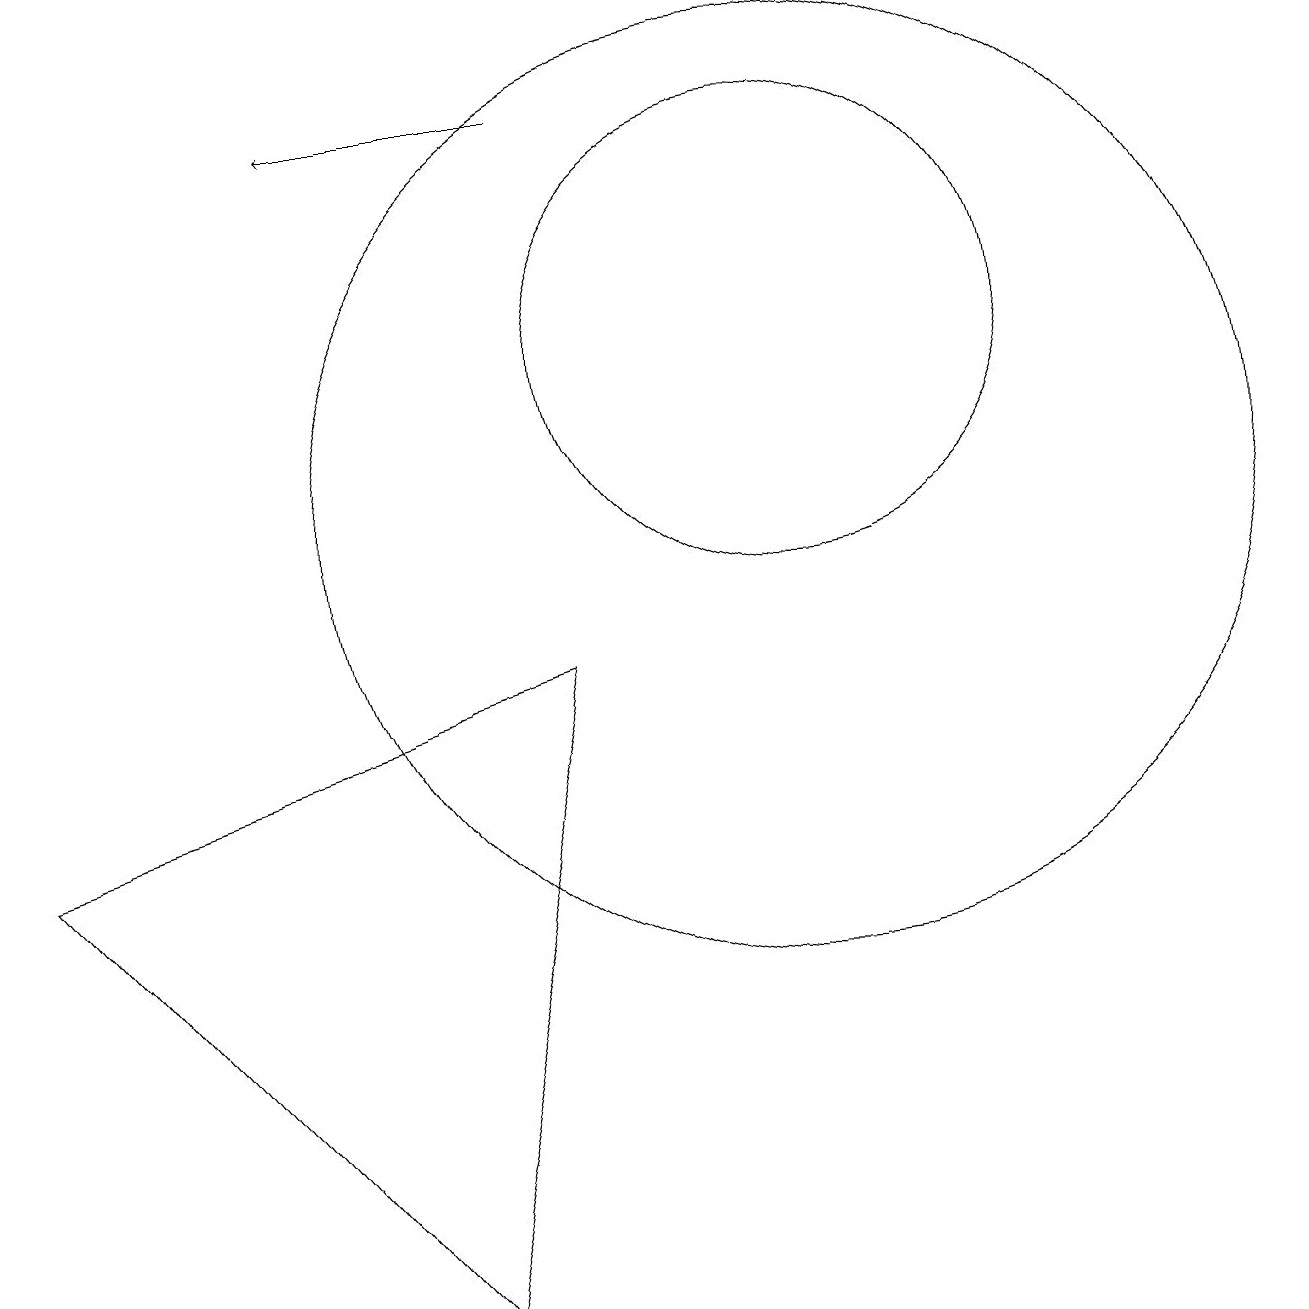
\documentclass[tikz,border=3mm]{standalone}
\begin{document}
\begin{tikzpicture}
\draw (10,12) circle (3);
\draw (0,6) -- (5,0) -- (7,8) -- cycle;
\draw[->] (7,15) -- (4,15);
\draw (10,10) circle (6);
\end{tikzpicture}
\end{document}